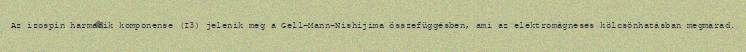
Az izospin harmadik komponense (I3) jelenik meg a Gell-Mann-Nishijima összefüggésben, ami az elektromágneses kölcsönhatásban megmarad.